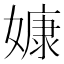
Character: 嫝